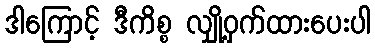
ဒါကြောင့် ဒီကိစ္စ လျှို့ဝှက်ထားပေးပါ